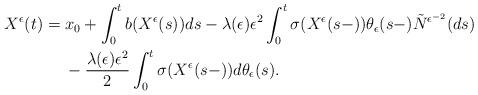
LaTeX: \begin{align*}\begin{aligned}X^{\epsilon}(t)&=x_{0}+\int^{t}_{0}b(X^{\epsilon}(s))ds-\lambda(\epsilon)\epsilon^{2}\int^{t}_{0}\sigma(X^{\epsilon}(s-))\theta_{\epsilon}(s-)\tilde{N}^{\epsilon^{-2}}(ds)\\&\ \ \ \ -\frac{\lambda(\epsilon)\epsilon^{2}}{2}\int_0^t\sigma(X^{\epsilon}(s-))d\theta_{\epsilon}(s).\end{aligned}\end{align*}